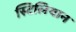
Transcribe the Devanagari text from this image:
स्टिलियान